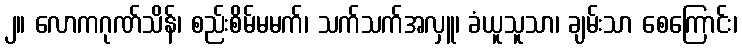
၂။ လောကဂုဏ်သိန်၊ စည်းစိမ်မမက်၊ သက်သက်အလှူ၊ ခံယူသူသာ၊ ချမ်းသာ စေကြောင်း၊